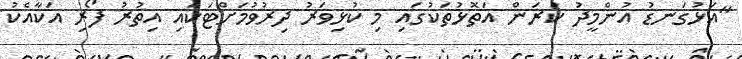
"އަޅުގަނޑު އުންމީދު ކުރަން އަތޮޅުތަކުގައި މި ކުޅިވަރު ދިރުވުމަށްޓަކައި އިތުރު ފޯރި އަކާއެކު